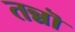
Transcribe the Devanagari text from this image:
तन्नॊ